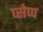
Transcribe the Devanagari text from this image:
प्सेप्प